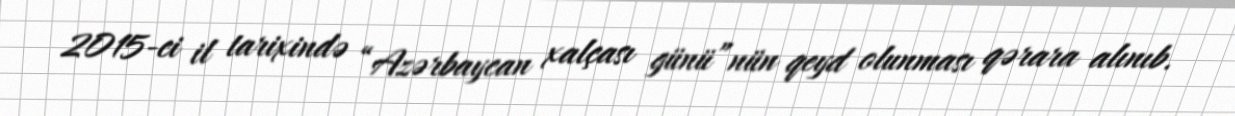
2015-ci il tarixində “Azərbaycan xalçası günü”nün qeyd olunması qərara alınıb.